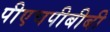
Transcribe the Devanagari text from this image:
पीएचपीबीबी